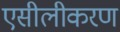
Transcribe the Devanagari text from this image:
एसीलीकरण